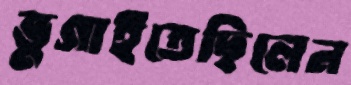
ভুগাইতেছিলেন